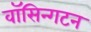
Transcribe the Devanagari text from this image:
वॉसिन्गटन